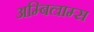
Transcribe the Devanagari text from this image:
अम्बिल्राम्स